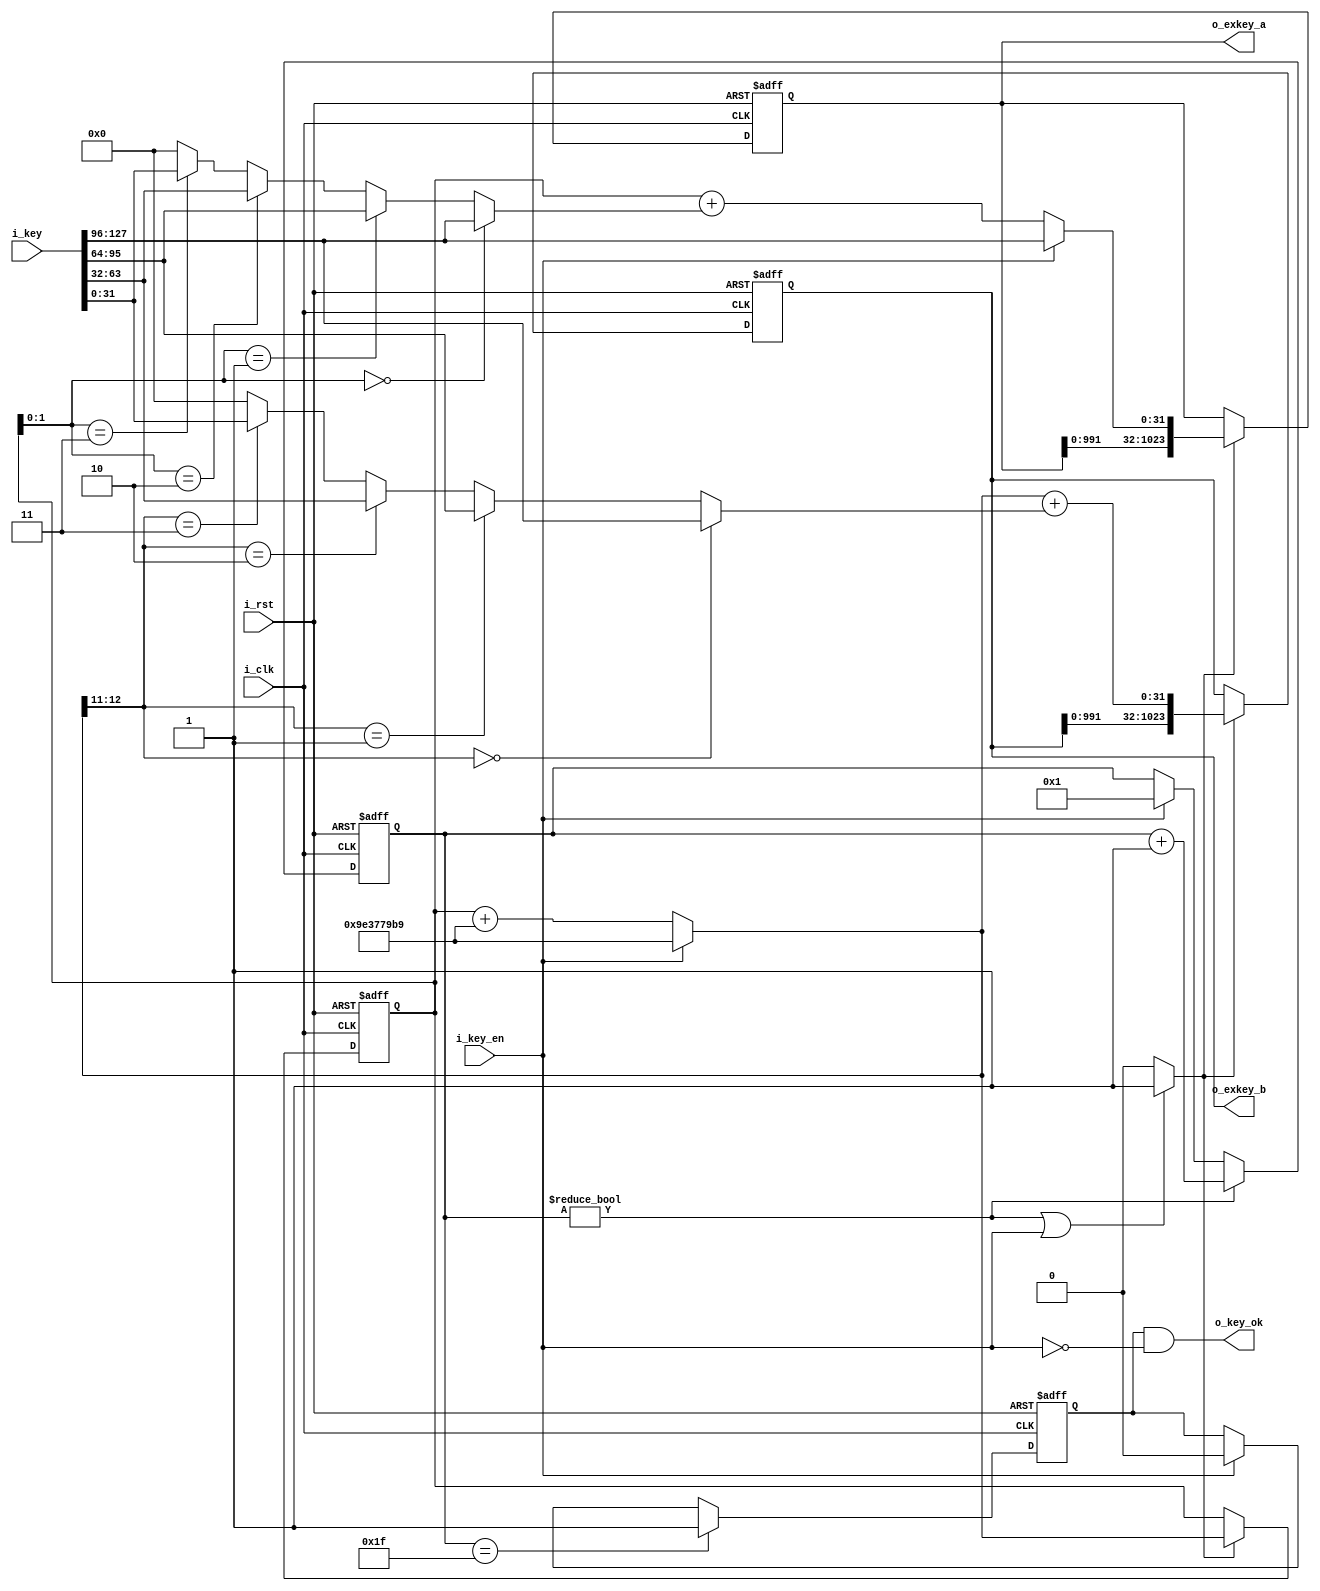
/*  
Copyright 2019 XCrypt Studio                
																	 
Licensed under the Apache License, Version 2.0 (the "License");         
you may not use this file except in compliance with the License.        
You may obtain a copy of the License at                                 
																	 
 http://www.apache.org/licenses/LICENSE-2.0                          
																	 
Unless required by applicable law or agreed to in writing, software    
distributed under the License is distributed on an "AS IS" BASIS,       
WITHOUT WARRANTIES OR CONDITIONS OF ANY KIND, either express or implied.
See the License for the specific language governing permissions and     
limitations under the License.                                          
*/  

// ------------------------------------------------------------------------------
// Function         :   XTEA Cryptographic Algorithm Core Caculate Round KEY
// ------------------------------------------------------------------------------
// Version            v-1.0
// ------------------------------------------------------------------------------

module xtea_keyex(
	input 				i_clk,
	input 				i_rst,
	input 	[127:0] 	i_key,
	input 				i_key_en,
	output 	[1023:0]	o_exkey_a,
	output	[1023:0]	o_exkey_b,
	output 				o_key_ok
	);
	
	localparam DLY = 1;

	wire 				s_busy;
	wire 	[31:0]		s_sum;
	wire 	[31:0]		s_exka;
	wire 	[31:0]		s_exkb;
	
	reg 	[31:0]		r_sum;
	reg 	[1023:0]	r_exkey_a;
	reg 	[1023:0]	r_exkey_b;
	reg 	[4:0]		r_count;
	reg 				r_key_ok;
		
	function [31:0]	WS;
		input [127:0] D;
		input [1:0]	S;
		begin
			WS = (S==2'd0) ? D[127:96]:
				((S==2'd1) ? D[95:64]:
				((S==2'd2) ? D[63:32]:
				((S==2'd3) ? D[31:0]:32'b0)));
		end
	endfunction	
	
	//assign s_key = {SWAP(i_key[127:96]),SWAP(i_key[95:64]),SWAP(i_key[63:32]),SWAP(i_key[31:0])};
	assign s_sum = i_key_en ? 32'h9E37_79B9:(r_sum + 32'h9E37_79B9);
	
	assign s_exka = i_key_en ? WS(i_key,2'b0):(r_sum + WS(i_key,r_sum[1:0]));
	assign s_exkb = s_sum + WS(i_key,s_sum[12:11]);
	
	always@(posedge i_clk or posedge i_rst) begin
		if(i_rst)
			r_sum <= #DLY 32'b0;
		else if(s_busy)
			r_sum <= #DLY s_sum;
	end
	
	always@(posedge i_clk or posedge i_rst) begin
		if(i_rst) begin
			r_exkey_a <= #DLY 1024'b0;
		end else if(s_busy)begin
			r_exkey_a <= #DLY {r_exkey_a[991:0],s_exka};
		end
	end

	always@(posedge i_clk or posedge i_rst) begin
		if(i_rst) begin
			r_exkey_b <= #DLY 1024'b0;
		end else if(s_busy)begin
			r_exkey_b <= #DLY {r_exkey_b[991:0],s_exkb};
		end
	end	
	
	always@(posedge i_clk or posedge i_rst) begin
		if(i_rst) 
			r_count <= #DLY 5'd0;
		else if(r_count!=6'd0)
			r_count <= #DLY r_count + 5'b1;
		else if(i_key_en)
			r_count <= #DLY 5'b1;
	end

	assign o_exkey_a = r_exkey_a;
	assign o_exkey_b = r_exkey_b;
	
	assign s_busy = ((r_count!=5'd0)||(i_key_en==1'b1)) ? 1'b1 : 1'b0;

	always@(posedge i_clk or posedge i_rst) begin
		if(i_rst)
			r_key_ok <= #DLY 1'b0;
		else if(r_count=='d31)
			r_key_ok <= #DLY 1'b1;
		else if(i_key_en==1'b1)
			r_key_ok <= #DLY 1'b0;
	end
	
	assign o_key_ok = r_key_ok&(~i_key_en);

endmodule